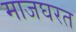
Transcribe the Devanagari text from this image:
माजघरत